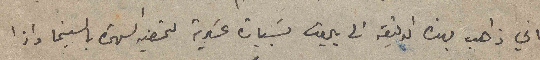
اني ذاهب بهذه بهذه الدقيقة الى بيروت بسيارة عسكرية لتحضير السهرة بالسينما واذا